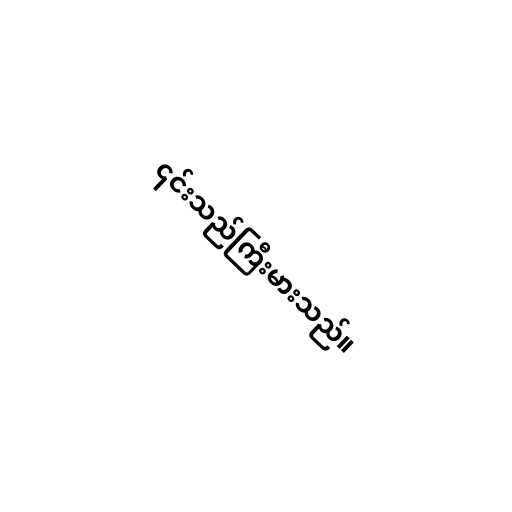
၎င်းသည်ကြီးမားသည်။